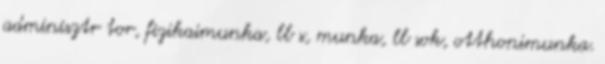
adminisztr tor, fizikaimunka, ll s, munka, ll sok, otthonimunka.